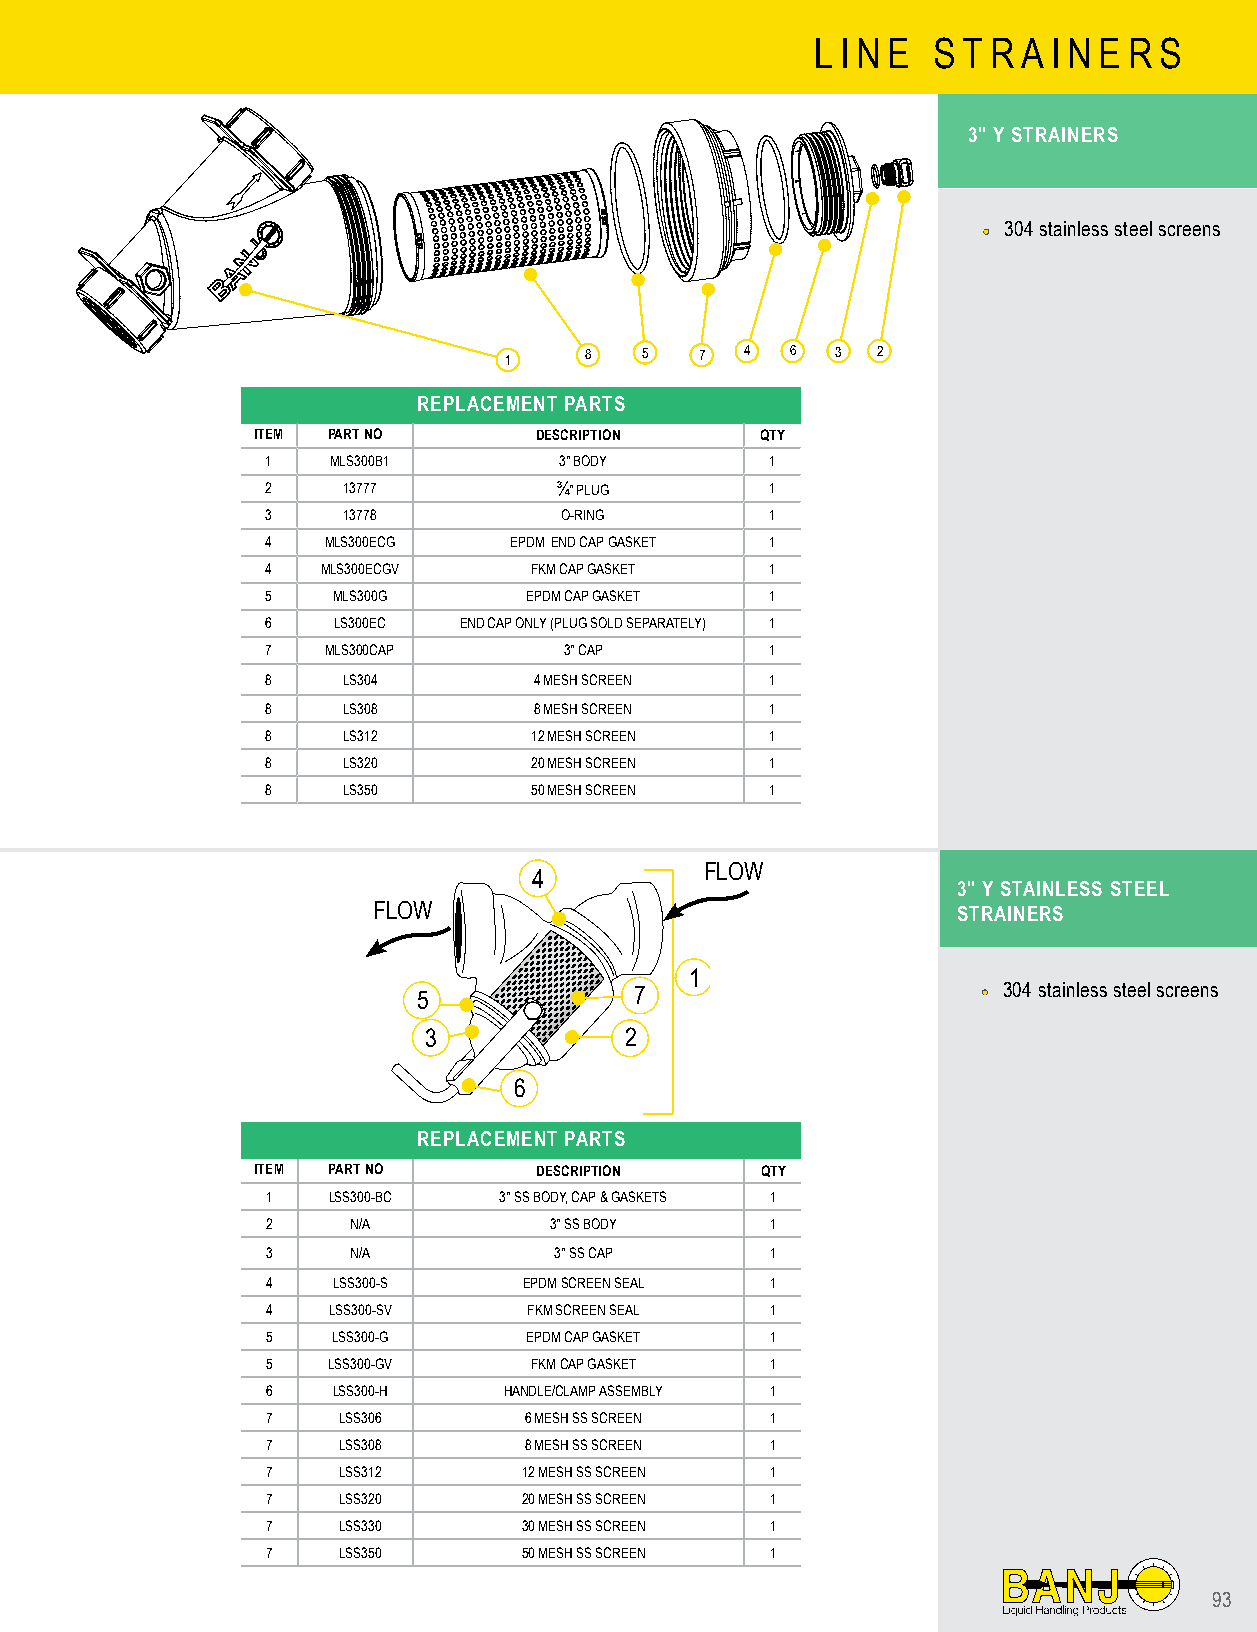
L I N E S T R A I N E R S
 3" Y STRAINERS
 •• 304 stainless steel screens
 1     8   5  7  4  6  3  2
 REPLACEMENT PARTS
 ITEM PART NO      DESCRIPTION    QTY
 1   MLS300B1       3" BODY       1
 2    13777         ¾" PLUG       1
 3    13778         O-RING        1
 4  MLS300ECG    EPDM END CAP GASKET 1
 4  MLS300ECGV    FKM CAP GASKET  1
 5   MLS300G      EPDM CAP GASKET 1
 6   LS300EC END CAP ONLY (PLUG SOLD SEPARATELY) 1
 7   MLS300CAP      3" CAP        1
 8    LS304       4 MESH SCREEN   1
 8    LS308       8 MESH SCREEN   1
 8    LS312       12 MESH SCREEN  1
 8    LS320       20 MESH SCREEN  1
 8    LS350       50 MESH SCREEN  1
 FLOW
 4
 3" Y STAINLESS STEEL
 FLOW                                  STRAINERS
 1
 5             7                      •• 304 stainless steel screens
 3            2
 6
 REPLACEMENT PARTS
 ITEM PART NO      DESCRIPTION    QTY
 1   LSS300-BC  3" SS BODY, CAP & GASKETS 1
 2    N/A          3" SS BODY     1
 3    N/A           3" SS CAP     1
 4   LSS300-S     EPDM SCREEN SEAL 1
 4   LSS300-SV    FKM SCREEN SEAL 1
 5   LSS300-G     EPDM CAP GASKET 1
 5   LSS300-GV    FKM CAP GASKET  1
 6   LSS300-H   HANDLE/CLAMP ASSEMBLY 1
 7   LSS306       6 MESH SS SCREEN 1
 7   LSS308       8 MESH SS SCREEN 1
 7   LSS312       12 MESH SS SCREEN 1
 7   LSS320       20 MESH SS SCREEN 1
 7   LSS330       30 MESH SS SCREEN 1
 7   LSS350       50 MESH SS SCREEN 1
 93